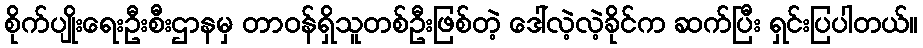
စိုက်ပျိုးရေးဦးစီးဌာနမှ တာဝန်ရှိသူတစ်ဦးဖြစ်တဲ့ ဒေါ်လဲ့လဲ့ခိုင်က ဆက်ပြီး ရှင်းပြပါတယ်။